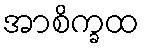
အာစိက္ခထ